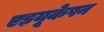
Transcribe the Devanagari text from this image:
एड़यूकेषन